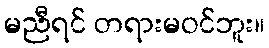
မညီရင် တရားမဝင်ဘူး။